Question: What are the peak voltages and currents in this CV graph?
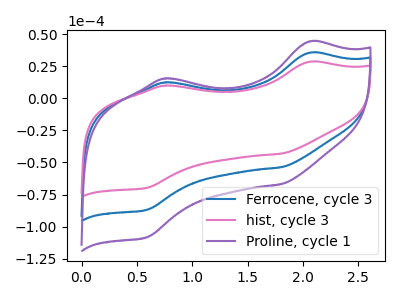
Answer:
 <answer>The blue curve "Ferrocene, cycle 3" has anodic peaks at (2.05V, 35.75uA) (0.75V, 12.50uA) and cathodic peaks at (1.80V, -53.70uA) (0.60V, -86.95uA). The pink curve "hist, cycle 3" has anodic peaks at (2.05V, 28.65uA) (0.75V, 10.00uA) and cathodic peaks at (1.80V, -43.10uA) (0.60V, -69.75uA). The purple curve "Proline, cycle 1" has anodic peaks at (2.05V, 71.45uA) (0.75V, 25.00uA) and cathodic peaks at (1.80V, -107.40uA) (0.60V, -173.90uA).</answer>
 <eval></eval>